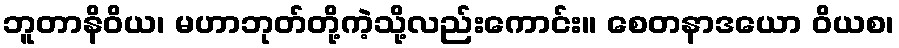
ဘူတာနိဝိယ၊ မဟာဘုတ်တို့ကဲ့သို့လည်းကောင်း။ စေတနာဒယော ဝိယစ၊